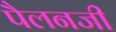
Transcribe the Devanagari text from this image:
पैलनजी